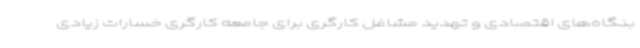
بنگاه‌های اقتصادی و تهدید مشاغل کارگری برای جامعه کارگری خسارات زیادی